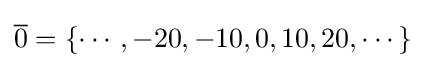
{\overline {0}}=\{\cdots ,-20,-10,0,10,20,\cdots \}